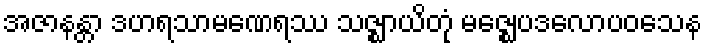
အဇာနန္တာ ဒဟရသာမဏေရဿ သဇ္ဈာယိတုံ မဇ္ဈေပဒလောပဝသေန